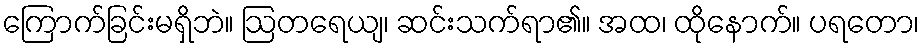
ကြောက်ခြင်းမရှိဘဲ။ ဩတရေယျ၊ ဆင်းသက်ရာ၏။ အထ၊ ထိုနောက်။ ပရတော၊